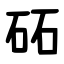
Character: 砳